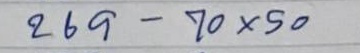
269 - 70 x 50